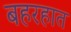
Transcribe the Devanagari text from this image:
बहरहात